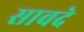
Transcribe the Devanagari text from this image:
सावदे